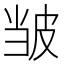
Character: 𫵃